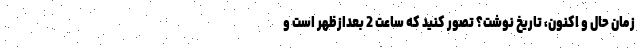
زمان حال و اکنون، تاریخ نوشت؟ تصور کنید که ساعت 2 بعدازظهر است و